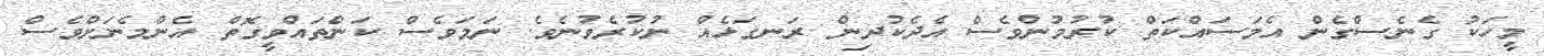
މީހަކު ގެނެސްގެން އެމަސައްކަތް ކުރުމުންވެސް އެދެކުދިން ރަނގަޅެއް ނުކުރެވުނެވެ. ނަމަވެސް ކަންތައްވީގޮތް އެންމެނަށްވެސް